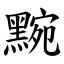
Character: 黦